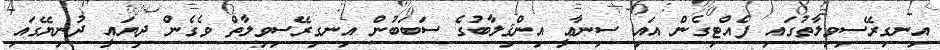
އިނގިރޭސިވިލާތުގައި ފެއްޓިގެން އައި ސިނާޢީ އިންޤިލާބުގެ ސަބަބުން އިނގިރޭސިވިލާތް ވެގެން ދިޔައީ ދުނިޔޭގައި